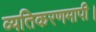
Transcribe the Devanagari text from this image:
व्यतिकरणमापी।